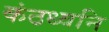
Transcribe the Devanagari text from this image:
कंठध्वनि